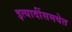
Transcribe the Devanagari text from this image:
इत्यादींसमवेत